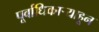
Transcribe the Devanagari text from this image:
पूर्वाधिकार्‍याहून